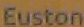
Euston